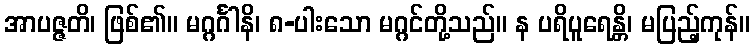
အာပဇ္ဇတိ၊ ဖြစ်၏။ မဂ္ဂင်္ဂါနိ၊ ၈-ပါးသော မဂ္ဂင်တို့သည်။ န ပရိပူရေန္တိ၊ မပြည့်ကုန်။